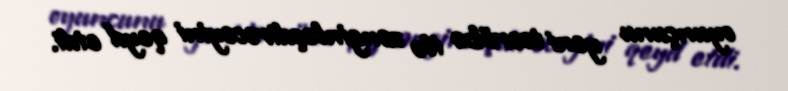
oyunçunu yeni təcrübə ilə zənginləşdirəcəyini qeyd etdi.